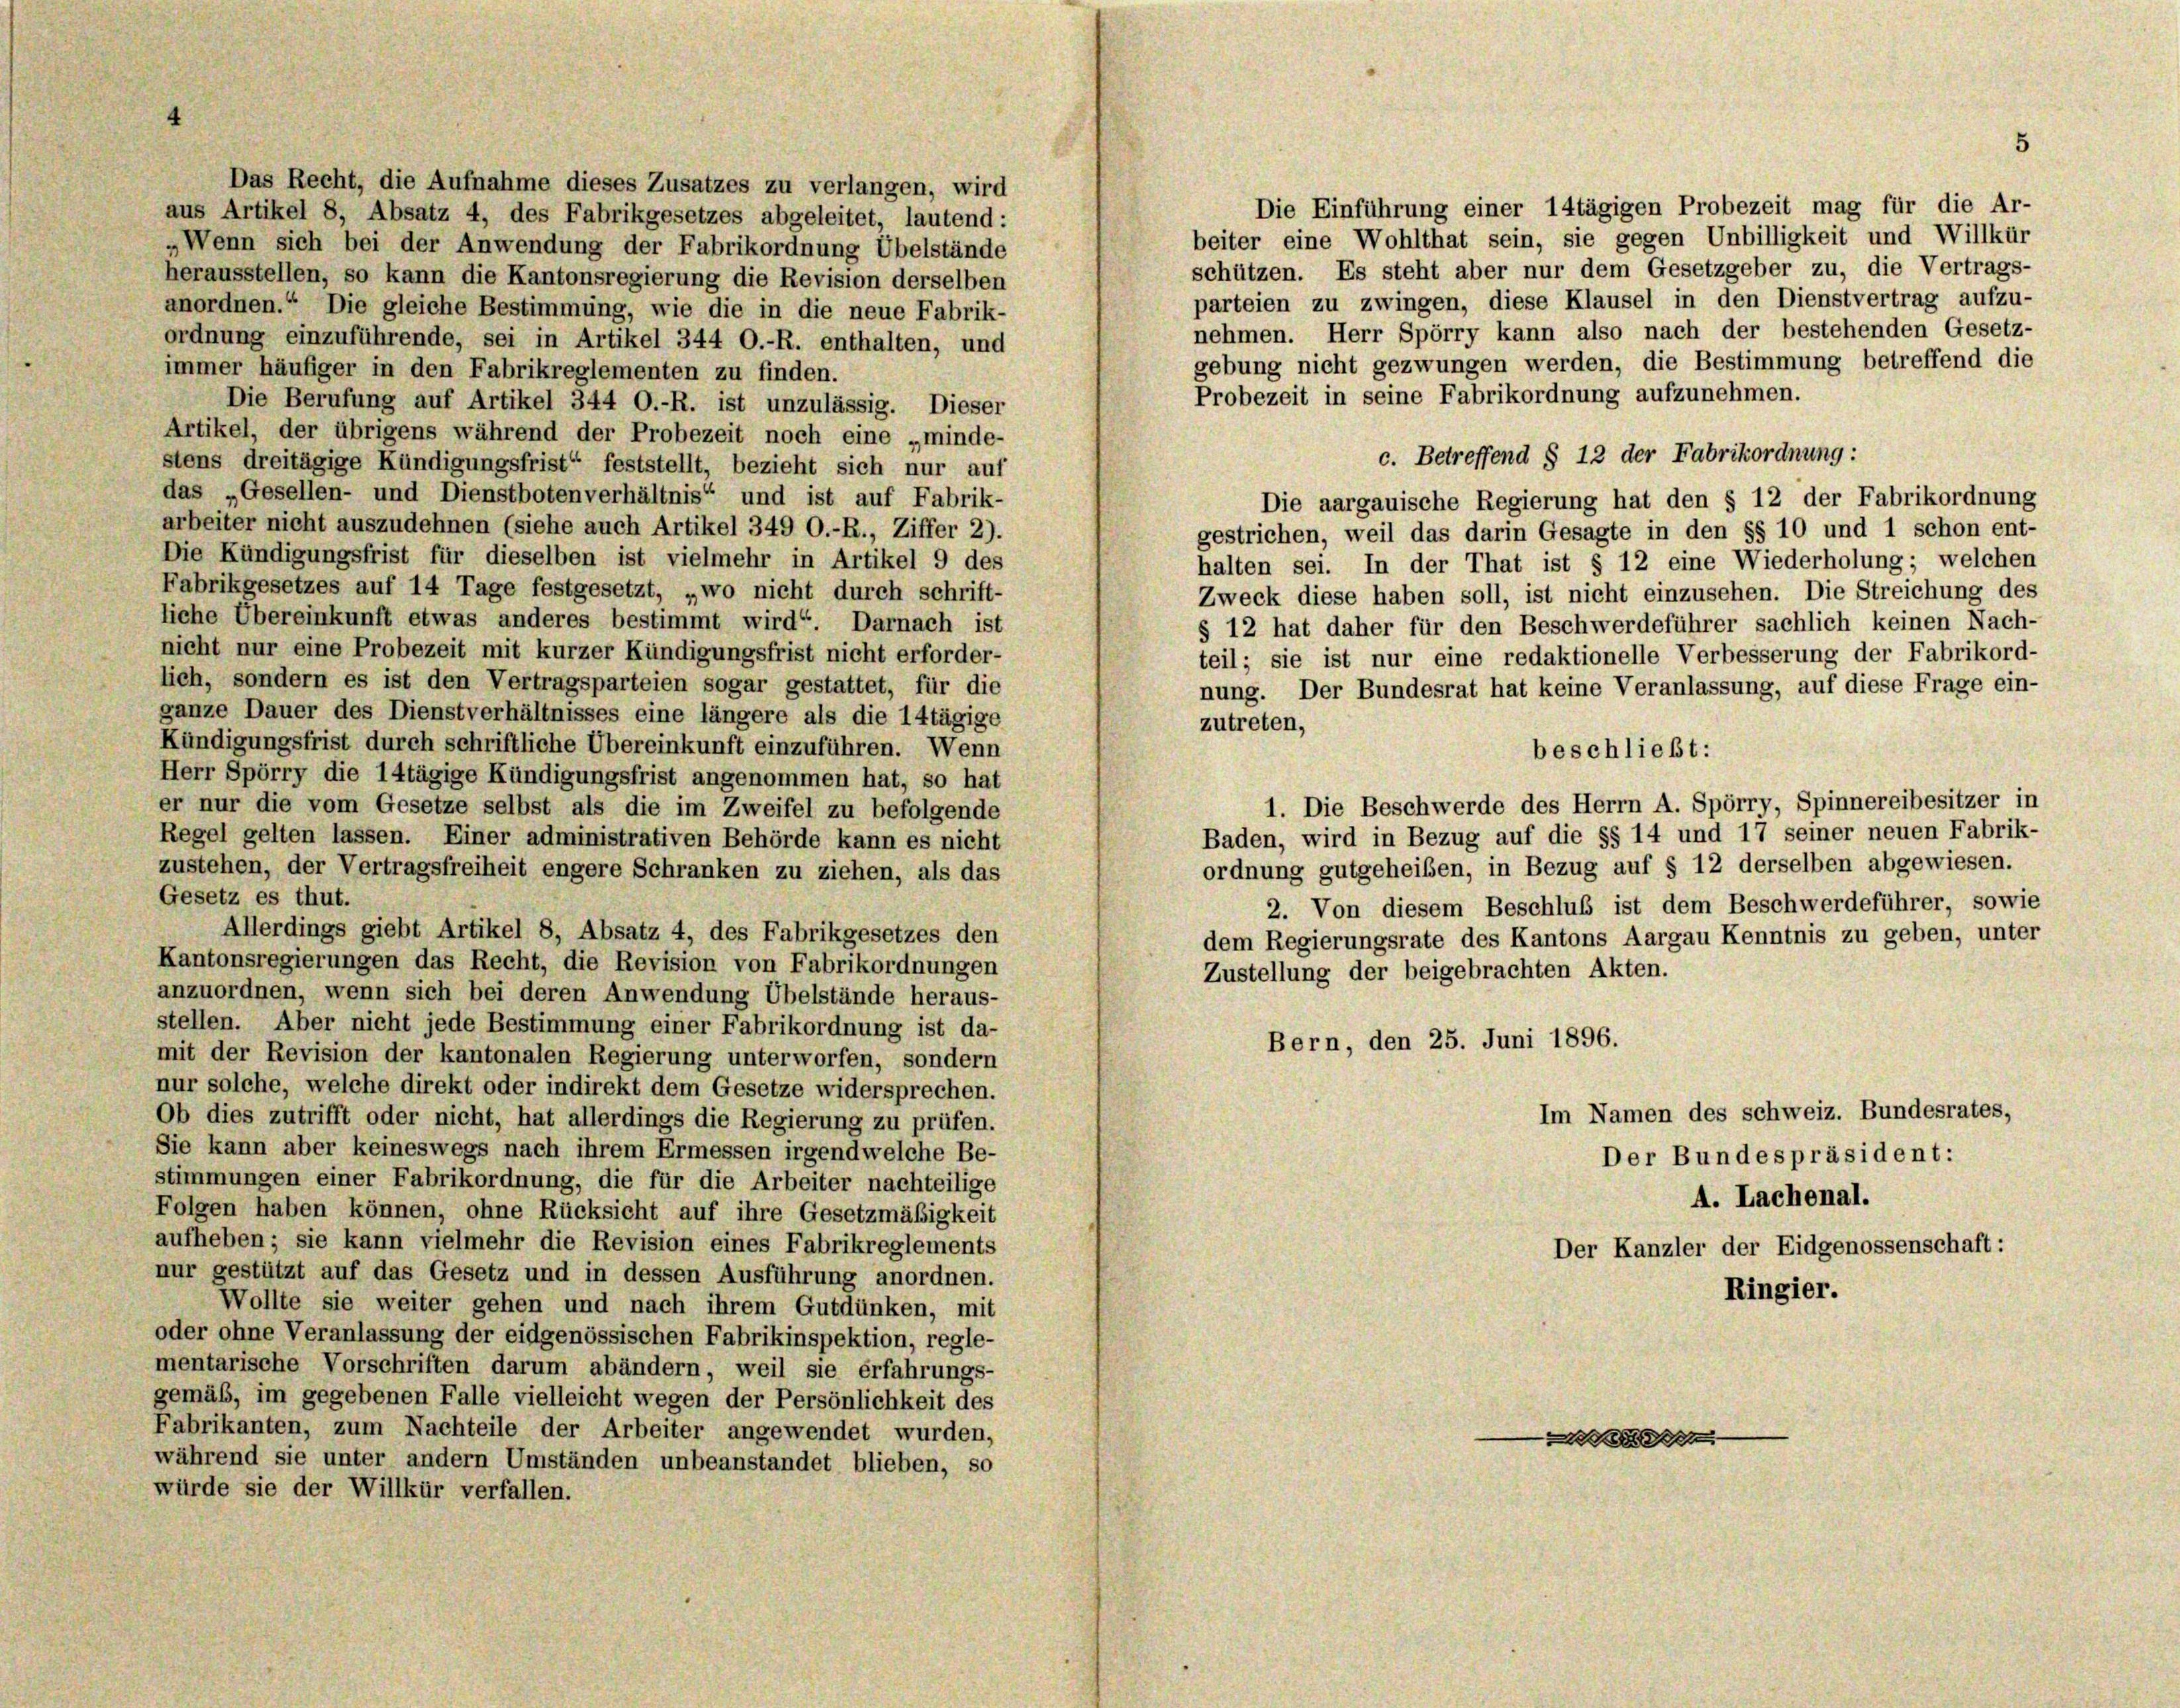
Das Recht, die Aufnahme dieses Zusatzes zu verlangen, wird
Die Einführung einer 14tägigen Probezeit mag für die Ar-
aus Artikel 8, Absatz 4, des Fabrikgesetzes abgeleitet, lautend:
beiter eine Wohlthat sein, sie gegen Unbilligkeit und Willkür
„Wenn sich bei der Anwendung der Fabrikordnung Übelstände
schützen. Es steht aber nur dem Gesetzgeber zu, die Vertrags-
herausstellen, so kann die Kantonsregierung die Revision derselben
parteien zu zwingen, diese Klausel in den Dienstvertrag aufzu-
anordnen.“ Die gleiche Bestimmung, wie die in die neue Fabrik-
nehmen. Herr Spörry kann also nach der bestehenden Gesetz-
ordnung einzuführende, sei in Artikel 344 O.-R. enthalten, und
gebung nicht gezwungen werden, die Bestimmung betreffend die
immer häufiger in den Fabrikreglementen zu finden.
Probezeit in seine Fabrikordnung aufzunehmen.
Die Berufung auf Artikel 344 O.-R. ist unzulässig. Dieser
Artikel, der übrigens während der Probezeit noch eine „minde-
c. Betreffend § 12 der Fabrikordnung:
stens dreitägige Kündigungsfrist“ feststellt, bezieht sich nur auf
das „Gesellen- und Dienstbotenverhältnis“ und ist auf Fabrik-
Die aargauische Regierung hat den § 12 der Fabrikordnung
arbeiter nicht auszudehnen (siehe auch Artikel 349 O.-R., Ziffer 2).
gestrichen, weil das darin Gesagte in den §§ 10 und 1 schon ent-
Die Kündigungsfrist für dieselben ist vielmehr in Artikel 9 des
halten sei. In der That ist § 12 eine Wiederholung; welchen
Fabrikgesetzes auf 14 Tage festgesetzt, „wo nicht durch schrift-
Zweck diese haben soll, ist nicht einzusehen. Die Streichung des
liche Übereinkunft etwas anderes bestimmt wird“. Darnach ist
§ 12 hat daher für den Beschwerdeführer sachlich keinen Nach-
nicht nur eine Probezeit mit kurzer Kündigungsfrist nicht erforder-
teil; sie ist nur eine redaktionelle Verbesserung der Fabrikord-
lich, sondern es ist den Vertragsparteien sogar gestattet, für die
nung. Der Bundesrat hat keine Veranlassung, auf diese Frage ein-
ganze Dauer des Dienstverhältnisses eine längere als die 14tägige
zutreten,
Kündigungsfrist durch schriftliche Übereinkunft einzuführen. Wenn
beschließt:
Herr Spörry die 14tägige Kündigungsfrist angenommen hat, so hat
1. Die Beschwerde des Herrn A. Spörry, Spinnereibesitzer in
er nur die vom Gesetze selbst als die im Zweifel zu befolgende
Baden, wird in Bezug auf die §§ 14 und 17 seiner neuen Fabrik-
Regel gelten lassen. Einer administrativen Behörde kann es nicht
ordnung gutgeheißen, in Bezug auf § 12 derselben abgewiesen.
zustehen, der Vertragsfreiheit engere Schranken zu ziehen, als das
Gesetz es thut.
2. Von diesem Beschluß ist dem Beschwerdeführer, sowie
Allerdings giebt Artikel 8, Absatz 4, des Fabrikgesetzes den
dem Regierungsrate des Kantons Aargau Kenntnis zu geben, unter
Kantonsregierungen das Recht, die Revision von Fabrikordnungen
Zustellung der beigebrachten Akten.
anzuordnen, wenn sich bei deren Anwendung Übelstände heraus-
stellen. Aber nicht jede Bestimmung einer Fabrikordnung ist da-
Bern, den 25. Juni 1896.
mit der Revision der kantonalen Regierung unterworfen, sondern
nur solche, welche direkt oder indirekt dem Gesetze widersprechen.
Im Namen des schweiz. Bundesrates,
Ob dies zutrifft oder nicht, hat allerdings die Regierung zu prüfen.
Sie kann aber keineswegs nach ihrem Ermessen irgendwelche Be-
Der Bundespräsident:
stimmungen einer Fabrikordnung, die für die Arbeiter nachteilige
A. Lachenal.
Folgen haben können, ohne Rücksicht auf ihre Gesetzmäßigkeit
aufheben; sie kann vielmehr die Revision eines Fabrikreglements
Der Kanzler der Eidgenossenschaft:
nur gestützt auf das Gesetz und in dessen Ausführung anordnen.
Ringier.
Wollte sie weiter gehen und nach ihrem Gutdünken, mit
oder ohne Veranlassung der eidgenössischen Fabrikinspektion, regle-
mentarische Vorschriften darum abändern, weil sie erfahrungs-
gemäß, im gegebenen Falle vielleicht wegen der Persönlichkeit des
Fabrikanten, zum Nachteile der Arbeiter angewendet wurden,

während sie unter andern Umständen unbeanstandet blieben, so
würde sie der Willkür verfallen.

5